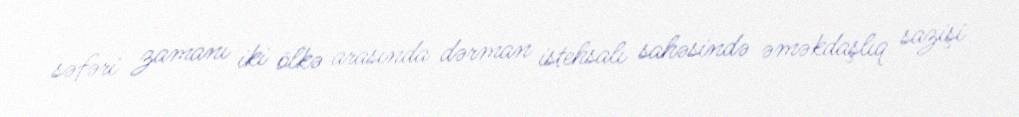
səfəri zamanı iki ölkə arasında dərman istehsalı sahəsində əməkdaşlıq sazişi